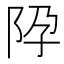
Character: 𨸳